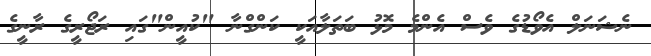
ނެޝަނަލް އެވޯޑުގެ ވެސް އެންމެ މޮޅު ބަތަލާއަކީ ކަންގްނާ "ކުއީން"ގައި ރަޖޯރީގެ ރާނީގެ